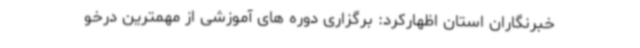
خبرنگاران استان اظهارکرد: برگزاری دوره های آموزشی از مهمترین درخو